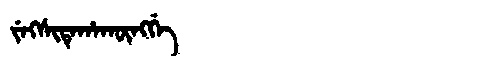
Manchu: ᠵᡝᡴᠰᡳᡨᡝᡥᠠᡴᡡᠩᡤᡝ
Romanization: JEKSITEHAKŪNGGE